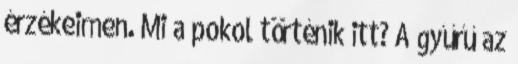
érzékeimen. Mi a pokol történik itt? A gyűrű az